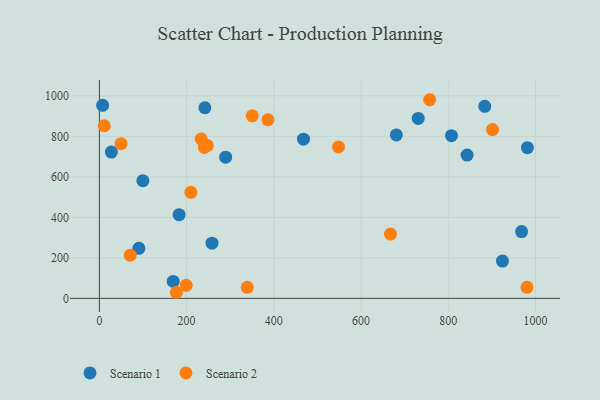
{"axis": {"x": "Investment", "y": "Fuel Efficiency"}, "legend": ["Scenario 1", "Scenario 2"], "data": [{"x": "241.8", "y": 941.3, "type": "Scenario 1"}, {"x": "807.4", "y": 803.4, "type": "Scenario 1"}, {"x": "182.8", "y": 413.3, "type": "Scenario 1"}, {"x": "981.4", "y": 744.0, "type": "Scenario 1"}, {"x": "258.2", "y": 272.5, "type": "Scenario 1"}, {"x": "289.5", "y": 697.1, "type": "Scenario 1"}, {"x": "883.7", "y": 948.1, "type": "Scenario 1"}, {"x": "924.3", "y": 184.1, "type": "Scenario 1"}, {"x": "90.6", "y": 247.3, "type": "Scenario 1"}, {"x": "169.2", "y": 83.7, "type": "Scenario 1"}, {"x": "680.9", "y": 807.2, "type": "Scenario 1"}, {"x": "7.4", "y": 953.3, "type": "Scenario 1"}, {"x": "99.7", "y": 581.1, "type": "Scenario 1"}, {"x": "468.0", "y": 786.1, "type": "Scenario 1"}, {"x": "843.2", "y": 707.7, "type": "Scenario 1"}, {"x": "968.1", "y": 330.0, "type": "Scenario 1"}, {"x": "27.5", "y": 722.3, "type": "Scenario 1"}, {"x": "731.1", "y": 888.5, "type": "Scenario 1"}, {"x": "757.3", "y": 980.9, "type": "Scenario 2"}, {"x": "339.0", "y": 54.4, "type": "Scenario 2"}, {"x": "49.5", "y": 764.1, "type": "Scenario 2"}, {"x": "209.9", "y": 523.6, "type": "Scenario 2"}, {"x": "70.7", "y": 213.4, "type": "Scenario 2"}, {"x": "980.5", "y": 54.7, "type": "Scenario 2"}, {"x": "386.4", "y": 881.6, "type": "Scenario 2"}, {"x": "350.5", "y": 901.6, "type": "Scenario 2"}, {"x": "176.6", "y": 30.1, "type": "Scenario 2"}, {"x": "233.4", "y": 786.7, "type": "Scenario 2"}, {"x": "240.8", "y": 745.2, "type": "Scenario 2"}, {"x": "199.1", "y": 64.2, "type": "Scenario 2"}, {"x": "667.6", "y": 317.6, "type": "Scenario 2"}, {"x": "548.3", "y": 747.8, "type": "Scenario 2"}, {"x": "247.4", "y": 754.5, "type": "Scenario 2"}, {"x": "11.1", "y": 852.5, "type": "Scenario 2"}, {"x": "901.5", "y": 833.5, "type": "Scenario 2"}]}